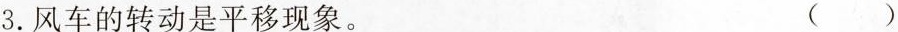
3.风车的转动是平移现象。 ()